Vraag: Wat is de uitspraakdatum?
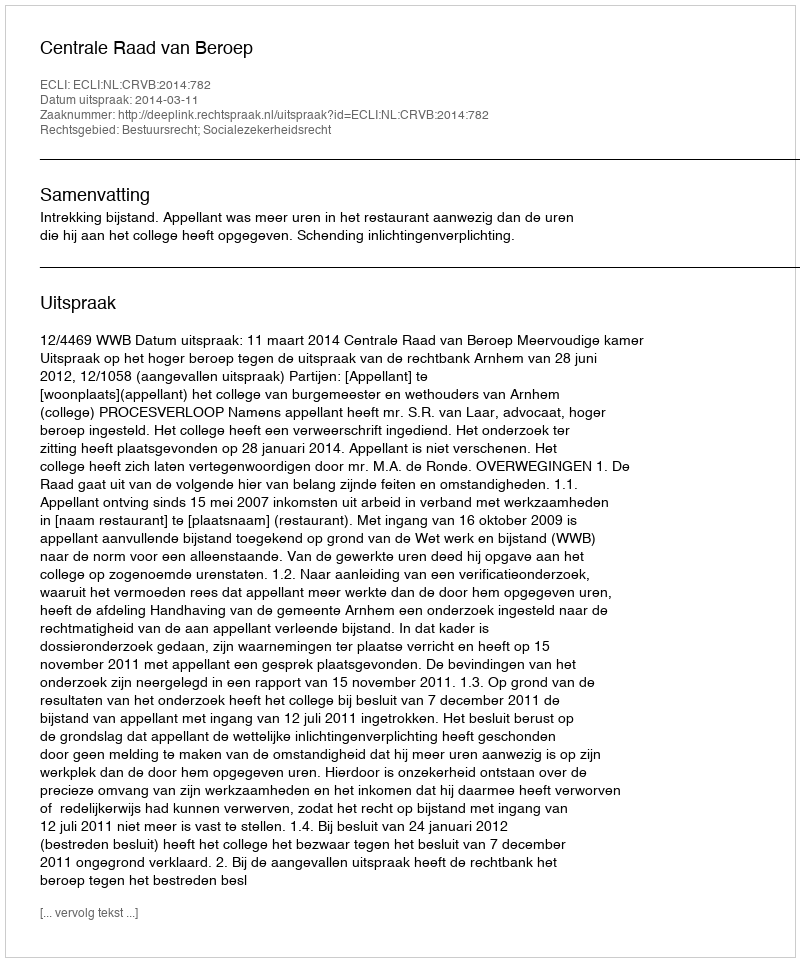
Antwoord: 2014-03-11